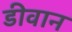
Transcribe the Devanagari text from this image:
डीवान